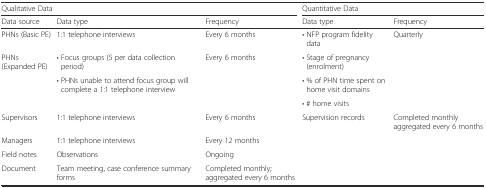
<table><thead><tr><td colspan="3"><b>Qualitative Data</b></td><td colspan="2"><b>Quantitative Data</b></td></tr><tr><td><b>Data source</b></td><td><b>Data type</b></td><td><b>Frequency</b></td><td><b>Data type</b></td><td><b>Frequency</b></td></tr></thead><tbody><tr><td>PHNs (Basic PE)</td><td>1:1 telephone interviews</td><td>Every 6 months</td><td>• NFP program fidelity data</td><td rowspan="4">Quarterly</td></tr><tr><td rowspan="3">PHNs (Expanded PE)</td><td>• Focus groups (5 per data collection period)</td><td>Every 6 months</td><td>• Stage of pregnancy (enrolment)</td></tr><tr><td rowspan="2">• PHNs unable to attend focus group will complete a 1:1 telephone interview</td><td rowspan="2"></td><td>• % of PHN time spent on home visit domains</td></tr><tr><td>• # home visits</td></tr><tr><td>Supervisors</td><td>1:1 telephone interviews</td><td>Every 6 months</td><td>Supervision records</td><td>Completed monthly aggregated every 6 months</td></tr><tr><td>Managers</td><td>1:1 telephone interviews</td><td>Every 12 months</td><td></td><td></td></tr><tr><td>Field notes</td><td>Observations</td><td>Ongoing</td><td></td><td></td></tr><tr><td>Document</td><td>Team meeting, case conference summary forms</td><td>Completed monthly; aggregated every 6 months</td><td></td><td></td></tr></tbody></table>